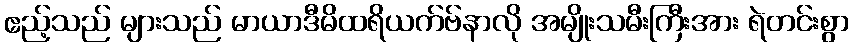
ဧည့်သည် များသည် မာယာဒီမိထရိယက်ဗ်နာလို အမျိုးသမီးကြီးအား ရဲတင်းစွာ